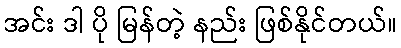
အင်း ဒါ ပို မြန်တဲ့ နည်း ဖြစ်နိုင်တယ်။